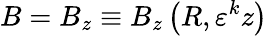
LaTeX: B=B_{z}\equiv B_{z}\left(R,\varepsilon^{k}z\right)